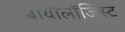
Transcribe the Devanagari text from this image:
बायोलॉजिस्ट